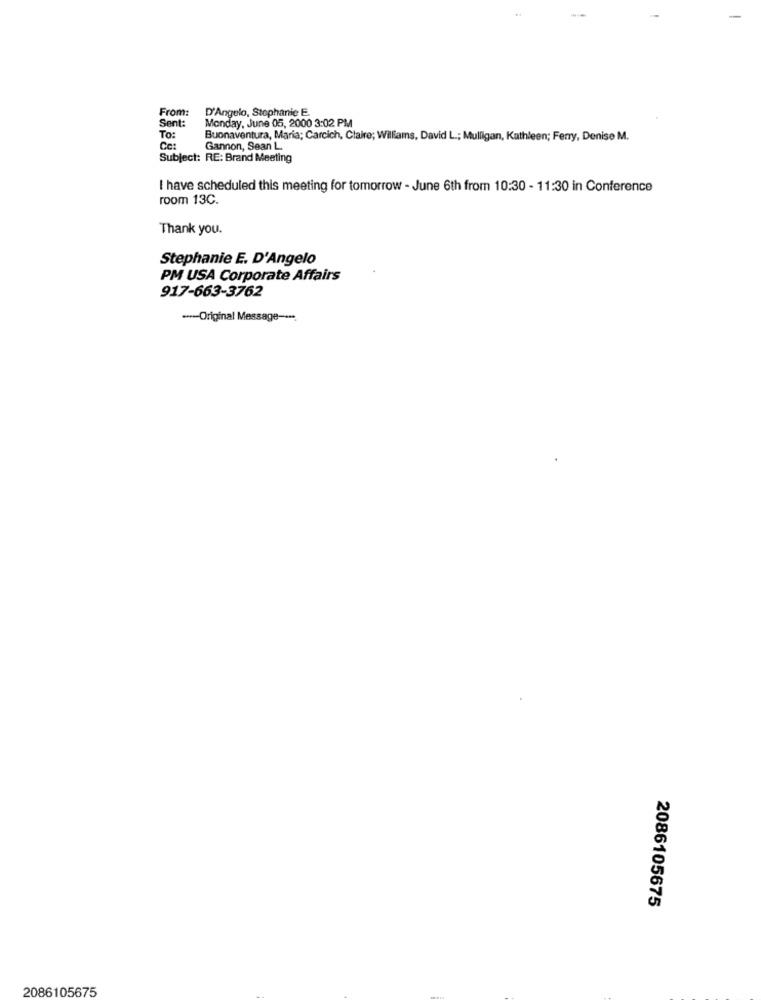
From:
D'Angelo, Stephanie E.
Sent:
Monday, June 05, 2000 3:02 PM
To:
Buonaventura, Maria; Carcich, Claire; Williams, David L .; Mulligan, Kathleen; Ferry, Denise M.
Gannon, Sean L.
Subject: RE: Brand Meeting
I have scheduled this meeting for tomorrow - June 6th from 10:30 - 11:30 in Conference
room 13C.
Thank you.
Stephanie E. D'Angelo
PM USA Corporate Affairs
917-663-3762
--- Original Message -···.
2086105675
2086105675